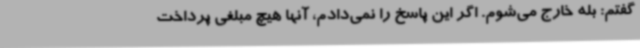
گفتم: بله خارج می‌شوم. اگر این پاسخ را نمی‌دادم، آنها هیچ مبلغی پرداخت